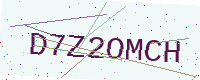
Text: D7Z2OMCH